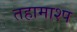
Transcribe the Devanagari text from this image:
तहामाश्प